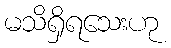
မသိရှိရသေးဟု